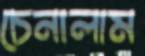
চেনালাম